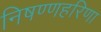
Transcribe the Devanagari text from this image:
निषण्णहरिणा